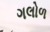
ગલોળ